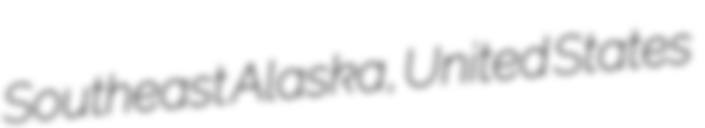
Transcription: Southeast Alaska, United States